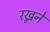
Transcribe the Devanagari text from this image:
रख्नने